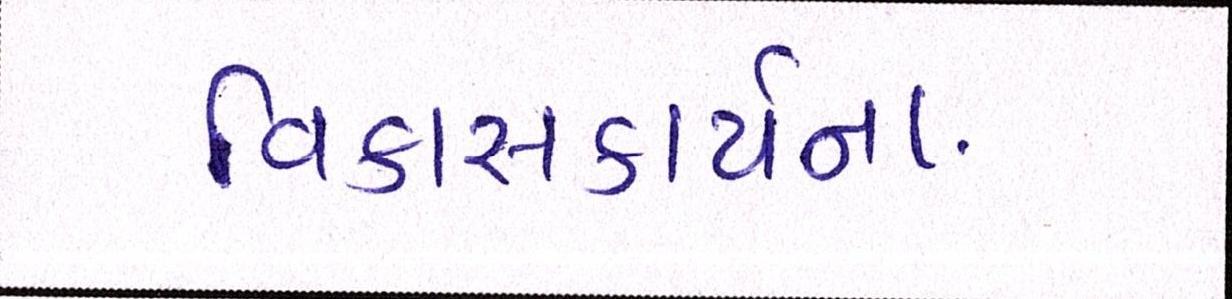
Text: વિકાસકાર્યના